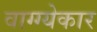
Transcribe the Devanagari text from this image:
वाग्ग्येकार